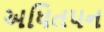
અધિતપન